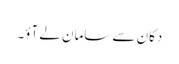
دکان سے سامان لے آؤ۔